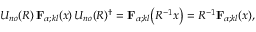
U _ { n o } ( R ) \, { \mathbf { F } } _ { \alpha ; k l } ( x ) \, U _ { n o } ( R ) ^ { \dagger } = { \mathbf { F } } _ { \alpha ; k l } \bigl ( R ^ { - 1 } x \bigr ) = R ^ { - 1 } { \mathbf { F } } _ { \alpha ; k l } ( x ) ,